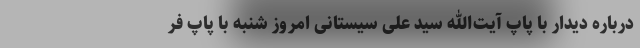
درباره دیدار با پاپ آیت‌الله سید علی سیستانی امروز شنبه با پاپ فر